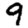
Digit: 9